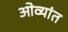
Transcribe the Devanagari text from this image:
ओव्यांत